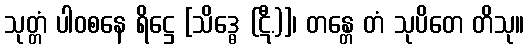
သုတ္တံ ပါဝစနေ ရိဋ္ဌေ [သိဒ္ဓေ (ဋီ.)]၊ တန္တေ တံ သုပိတေ တိသု။